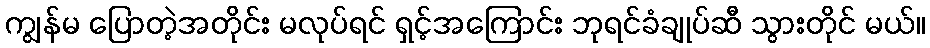
ကျွန်မ ပြောတဲ့အတိုင်း မလုပ်ရင် ရှင့်အကြောင်း ဘုရင်ခံချုပ်ဆီ သွားတိုင် မယ်။